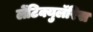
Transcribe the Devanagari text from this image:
लेंटिक्युलॅरिस